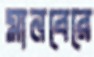
মানবেরে